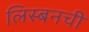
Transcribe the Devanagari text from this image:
लिस्बनची